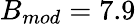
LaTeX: B_{mod}=7.9